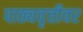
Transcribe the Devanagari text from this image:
पाठ्यवृत्तीवर